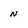
Character: n